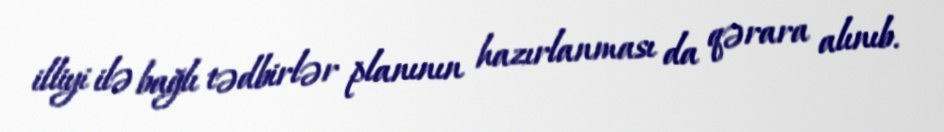
illiyi ilə bağlı tədbirlər planının hazırlanması da qərara alınıb.